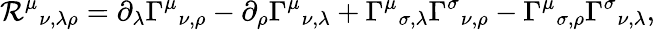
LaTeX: \mathcal{R}^{\mu}{}_{\nu,\lambda\rho}=\partial_{\lambda}\Gamma^{\mu}{}_{\nu,\rho}-\partial_{\rho}\Gamma^{\mu}{}_{\nu,\lambda}+\Gamma^{\mu}{}_{\sigma,\lambda}\Gamma^{\sigma}{}_{\nu,\rho}-\Gamma^{\mu}{}_{\sigma,\rho}\Gamma^{\sigma}{}_{\nu,\lambda},